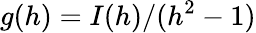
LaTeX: g(h)=I(h)/(h^{2}-1)